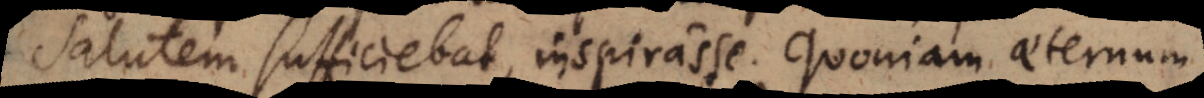
salutem sufficiebat, inspirasse. Quoniam aeternum